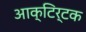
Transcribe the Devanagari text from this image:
आक्टिर्टक